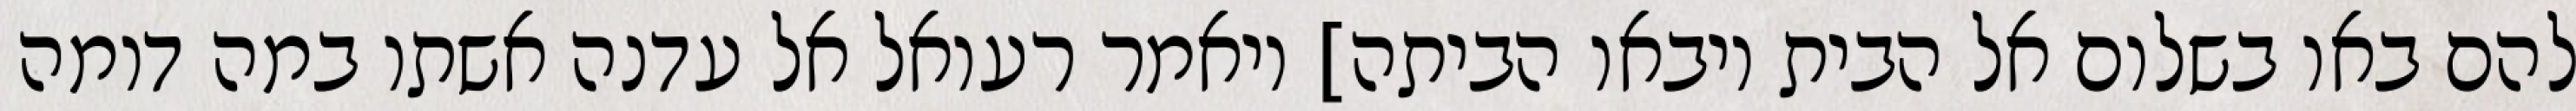
להם באו בשלום אל הבית ויבאו הביתה] ויאמר רעואל אל עדנה אשתו במה דומה